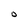
Character: 0